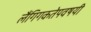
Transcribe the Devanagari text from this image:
लैंगिगकतेपवषयी